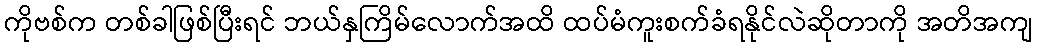
ကိုဗစ်က တစ်ခါဖြစ်ပြီးရင် ဘယ်နှကြိမ်လောက်အထိ ထပ်မံကူးစက်ခံရနိုင်လဲဆိုတာကို အတိအကျ